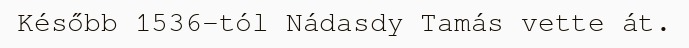
Később 1536-tól Nádasdy Tamás vette át.